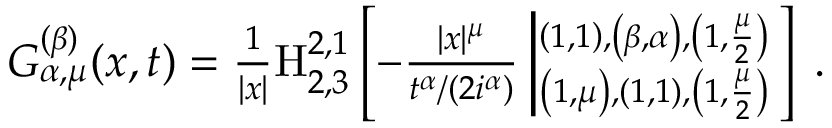
\begin{array} { r } { { \cal { G } } _ { \alpha , \mu } ^ { ( \beta ) } ( x , t ) = \frac { 1 } { | x | } { \mathrm { H } } _ { 2 , 3 } ^ { 2 , 1 } \left[ - \frac { | x | ^ { \mu } } { t ^ { \alpha } / ( 2 i ^ { \alpha } ) } \left| ^ { \left( 1 , 1 \right) , \left( \beta , \alpha \right) , \left( 1 , \frac { \mu } { 2 } \right) } _ { \left( 1 , \mu \right) , \left( 1 , 1 \right) , \left( 1 , \frac { \mu } { 2 } \right) } \right. \right] \; . } \end{array}